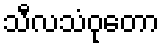
သီလသံဝုတော